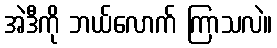
အဲဒီကို ဘယ်လောက် ကြာသလဲ။